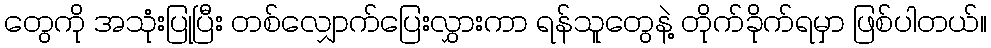
တွေကို အသုံးပြုပြီး တစ်လျှောက်ပြေးလွှားကာ ရန်သူတွေနဲ့ တိုက်ခိုက်ရမှာ ဖြစ်ပါတယ်။